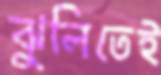
ঝুলিতেই